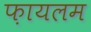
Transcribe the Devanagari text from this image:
फ़ायलम